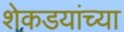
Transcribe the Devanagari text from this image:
शेकडयांच्या